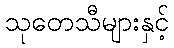
သုတေသီများနှင့်